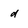
Character: d